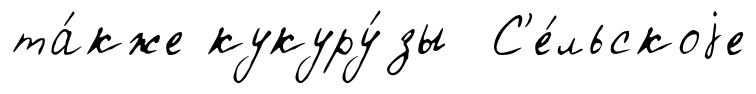
та́кже кукуру́зы С'е́льскоjе